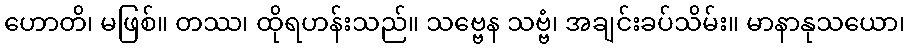
ဟောတိ၊ မဖြစ်။ တဿ၊ ထိုရဟန်းသည်။ သဗ္ဗေန သဗ္ဗံ၊ အချင်းခပ်သိမ်း။ မာနာနုသယော၊